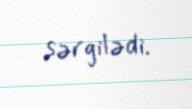
sərgilədi.